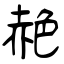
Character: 赩